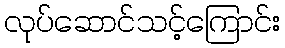
လုပ်ဆောင်သင့်ကြောင်း